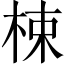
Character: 梀